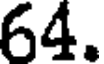
64.